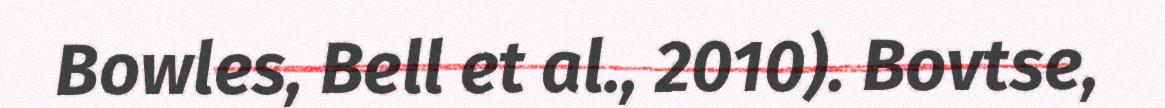
Bowles, Bell et al., 2010). Bovtse,